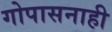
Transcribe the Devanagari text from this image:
गोपासनाही